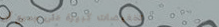
تخفيضات كبيرة على جميع أن